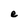
Character: e